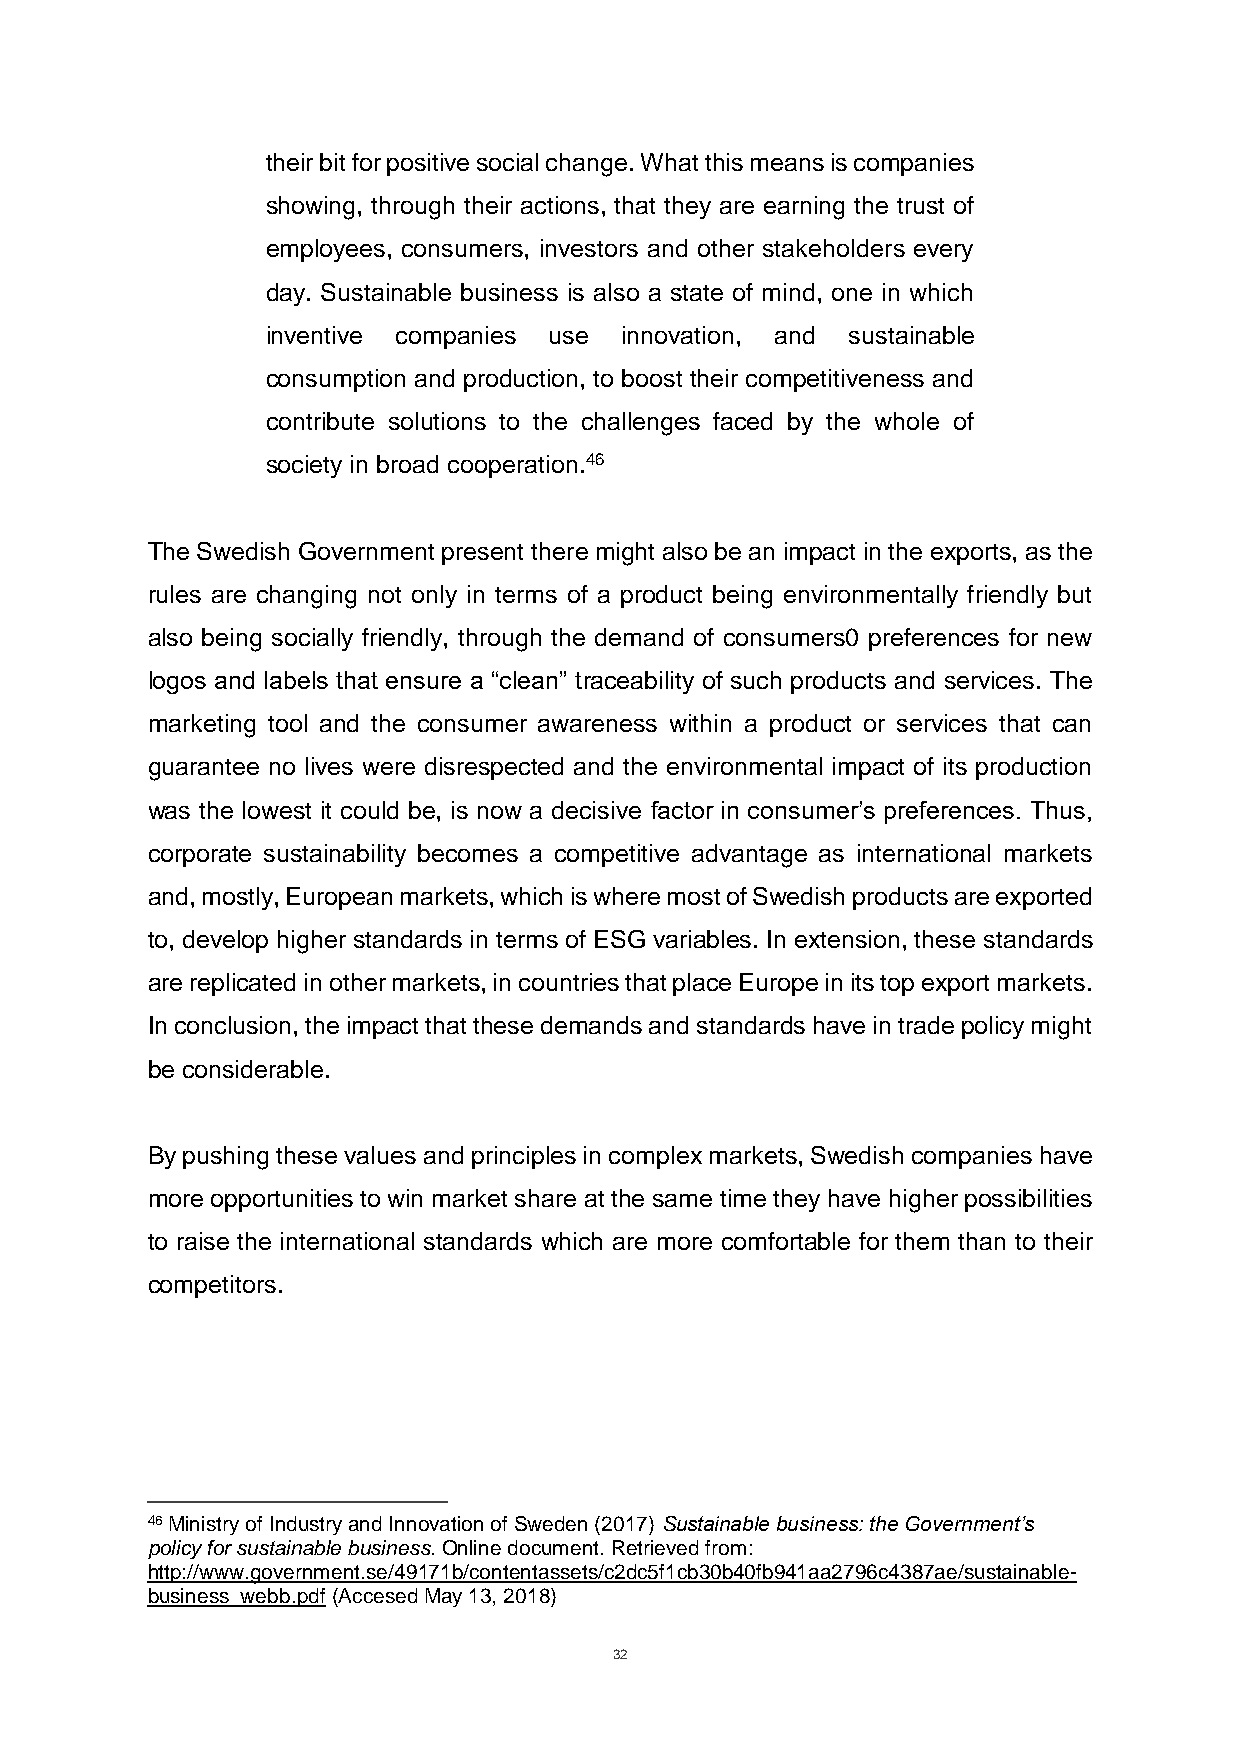
their bit for positive social change. What this means is companies
 showing, through their actions, that they are earning the trust of
 employees, consumers, investors and other stakeholders every
 day. Sustainable business is also a state of mind, one in which
 inventive companies use innovation, and sustainable
 consumption and production, to boost their competitiveness and
 contribute solutions to the challenges faced by the whole of
 society in broad cooperation.46
 The Swedish Government present there might also be an impact in the exports, as the
 rules are changing not only in terms of a product being environmentally friendly but
 also being socially friendly, through the demand of consumers0 preferences for new
 logos and labels that ensure a “clean” traceability of such products and services. The
 marketing tool and the consumer awareness within a product or services that can
 guarantee no lives were disrespected and the environmental impact of its production
 was the lowest it could be, is now a decisive factor in consumer’s preferences. Thus,
 corporate sustainability becomes a competitive advantage as international markets
 and, mostly, European markets, which is where most of Swedish products are exported
 to, develop higher standards in terms of ESG variables. In extension, these standards
 are replicated in other markets, in countries that place Europe in its top export markets.
 In conclusion, the impact that these demands and standards have in trade policy might
 be considerable.
 By pushing these values and principles in complex markets, Swedish companies have
 more opportunities to win market share at the same time they have higher possibilities
 to raise the international standards which are more comfortable for them than to their
 competitors.
 46 Ministry of Industry and Innovation of Sweden (2017) Sustainable business: the Government’s
 policy for sustainable business. Online document. Retrieved from:
 http://www.government.se/49171b/contentassets/c2dc5f1cb30b40fb941aa2796c4387ae/sustainable-
 business_webb.pdf (Accesed May 13, 2018)
 32